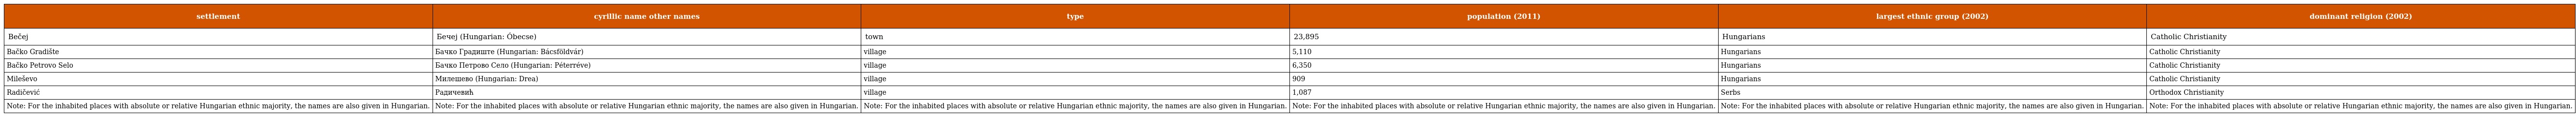
| settlement | cyrillic name other names | type | population (2011) | largest ethnic group (2002) | dominant religion (2002) |
 | --- | --- | --- | --- | --- | --- |
 | Bečej | Бечеј (Hungarian: Óbecse) | town | 23,895 | Hungarians | Catholic Christianity |
 | Bačko Gradište | Бачко Градиште (Hungarian: Bácsföldvár) | village | 5,110 | Hungarians | Catholic Christianity |
 | Bačko Petrovo Selo | Бачко Петрово Село (Hungarian: Péterréve) | village | 6,350 | Hungarians | Catholic Christianity |
 | Mileševo | Милешево (Hungarian: Drea) | village | 909 | Hungarians | Catholic Christianity |
 | Radičević | Радичевић | village | 1,087 | Serbs | Orthodox Christianity |
 | Note: For the inhabited places with absolute or relative Hungarian ethnic majority, the names are also given in Hungarian. | Note: For the inhabited places with absolute or relative Hungarian ethnic majority, the names are also given in Hungarian. | Note: For the inhabited places with absolute or relative Hungarian ethnic majority, the names are also given in Hungarian. | Note: For the inhabited places with absolute or relative Hungarian ethnic majority, the names are also given in Hungarian. | Note: For the inhabited places with absolute or relative Hungarian ethnic majority, the names are also given in Hungarian. | Note: For the inhabited places with absolute or relative Hungarian ethnic majority, the names are also given in Hungarian. |